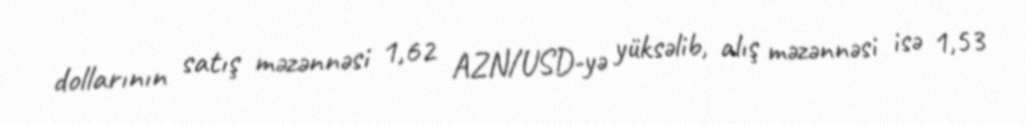
dollarının satış məzənnəsi 1,62 AZN/USD-yə yüksəlib, alış məzənnəsi isə 1,53